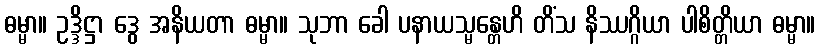
ဓမ္မာ။ ဥဒ္ဒိဋ္ဌာ ဒွေ အနိယတာ ဓမ္မာ။ သုဘာ ခေါ ပနာယသ္မန္တေဟိ တိံသ နိဿဂ္ဂိယာ ပါစိတ္တိယာ ဓမ္မာ။